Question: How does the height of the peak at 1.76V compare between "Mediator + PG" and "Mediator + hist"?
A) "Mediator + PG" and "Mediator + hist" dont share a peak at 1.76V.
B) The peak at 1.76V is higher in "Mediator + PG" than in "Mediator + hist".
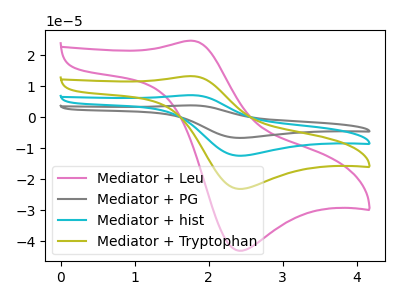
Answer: <think>The pink curve "Mediator + Leu" has an anodic peak at (1.75V, 24.70uA) and a cathodic peak at (2.40V, -43.10uA). The gray curve "Mediator + PG" has an anodic peak at (1.75V, 39.80uA) and a cathodic peak at (2.40V, -69.40uA). The cyan curve "Mediator + hist" has an anodic peak at (1.75V, 26.55uA) and a cathodic peak at (2.40V, -46.25uA). The olive curve "Mediator + Tryptophan" has an anodic peak at (1.75V, 13.25uA) and a cathodic peak at (2.40V, -23.15uA).</think>
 <answer>B) The peak at 1.76V is higher in "Mediator + PG" than in "Mediator + hist".</answer>
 <eval>B</eval>